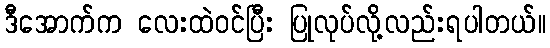
ဒီအောက်က လေးထဲဝင်ပြီး ပြုလုပ်လို့လည်းရပါတယ်။